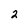
Character: 2